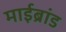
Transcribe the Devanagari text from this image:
माईब्रांड